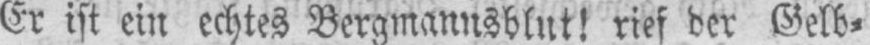
Er ist ein echtes Bergmannsblut! rief der Gelb⸗